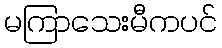
မကြာသေးမီကပင်